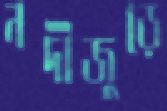
নদীজুড়ে